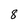
Character: 8